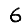
Digit: 6